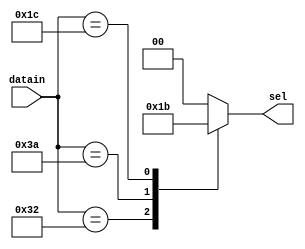
`timescale 1ns / 1ps
//////////////////////////////////////////////////////////////////////////////////
// Company: 
// Engineer: 
// 
// Design Name: 
// Module Name:    Traduccion 
// Project Name: 
// Target Devices: 
// Tool versions: 
// Description: 
//
// Dependencies: 
//
// Revision: 
// Revision 0.01 - File Created
// Additional Comments: 
//
//////////////////////////////////////////////////////////////////////////////////
module Traduccion( input wire [7:0] datain, output reg [1:0] sel);
	 
// temp[6:2] puerta[1] presencia[0]	 
always@(datain)
	begin
		
		
				case(datain)
				8'h2C://T
					begin sel<=2'b00; end
			   8'h32://B
					begin sel<=2'b01; end
				 8'h3A: //M
					begin sel<=2'b10; end
				 8'h1C: //A
					begin sel<=2'b11; end
				default: begin 
				sel<=2'b00;	
				
				end
				endcase
		
	
	end

	 
	 



endmodule